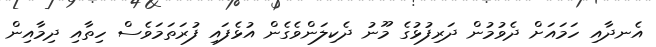
އެނދާއި ހަމައަށް ދެވުމުން ދަރިފުޅުގެ މޫނު ދެކިލަންވެގެން އުޅެފައި ފުރަތަމަވެސް ހިތާއި ދިމާއިން